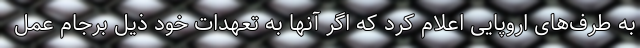
به طرف‌های اروپایی اعلام کرد که اگر آنها به تعهدات خود ذیل برجام عمل